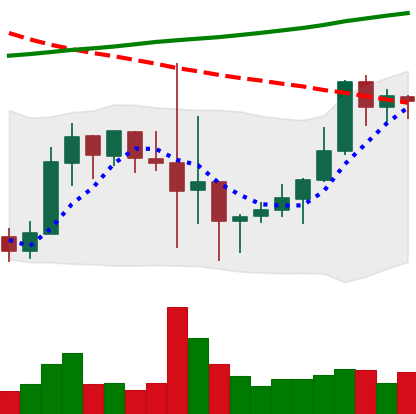
Ticker: LINK-USD
Chart end date: 2019-10-05
Forward return: 34.053%
Label: up_7plus